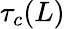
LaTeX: \tau_{c}(L)